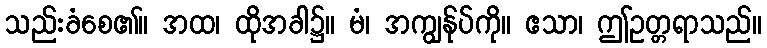
သည်းခံစေ၏။ အထ၊ ထိုအခါ၌။ မံ၊ အကျွန်ုပ်ကို။ ဧသာ၊ ဤဥတ္တရာသည်။